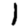
Digit: 1